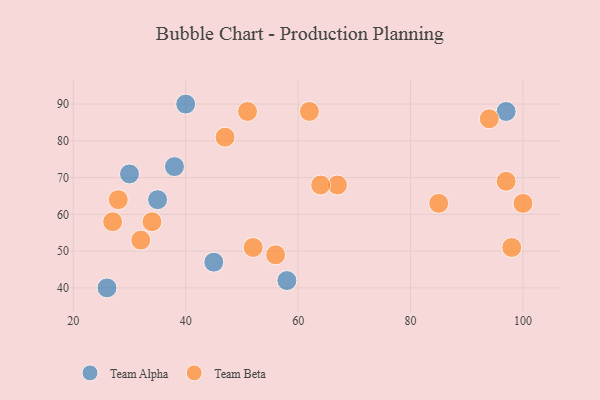
{"axis": {"x": "GDP", "y": "Life Expectancy"}, "legend": ["Team Alpha", "Team Beta"], "data": [{"x": "35", "y": 64, "type": "Team Alpha"}, {"x": "26", "y": 40, "type": "Team Alpha"}, {"x": "58", "y": 42, "type": "Team Alpha"}, {"x": "38", "y": 73, "type": "Team Alpha"}, {"x": "40", "y": 90, "type": "Team Alpha"}, {"x": "30", "y": 71, "type": "Team Alpha"}, {"x": "97", "y": 88, "type": "Team Alpha"}, {"x": "45", "y": 47, "type": "Team Alpha"}, {"x": "28", "y": 64, "type": "Team Beta"}, {"x": "62", "y": 88, "type": "Team Beta"}, {"x": "98", "y": 51, "type": "Team Beta"}, {"x": "85", "y": 63, "type": "Team Beta"}, {"x": "100", "y": 63, "type": "Team Beta"}, {"x": "94", "y": 86, "type": "Team Beta"}, {"x": "27", "y": 58, "type": "Team Beta"}, {"x": "97", "y": 69, "type": "Team Beta"}, {"x": "51", "y": 88, "type": "Team Beta"}, {"x": "67", "y": 68, "type": "Team Beta"}, {"x": "52", "y": 51, "type": "Team Beta"}, {"x": "47", "y": 81, "type": "Team Beta"}, {"x": "34", "y": 58, "type": "Team Beta"}, {"x": "32", "y": 53, "type": "Team Beta"}, {"x": "64", "y": 68, "type": "Team Beta"}, {"x": "56", "y": 49, "type": "Team Beta"}]}